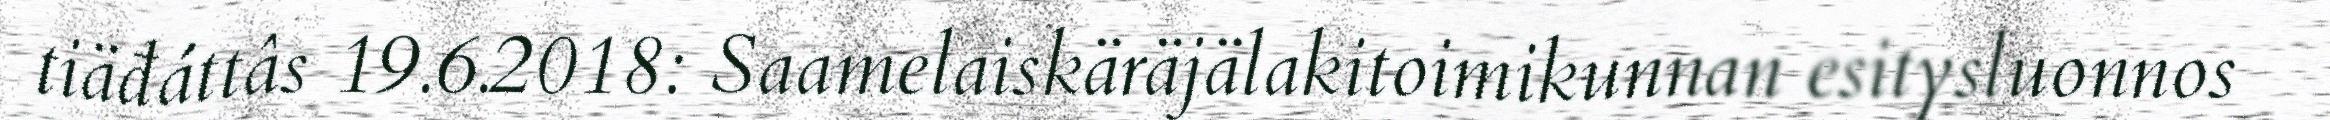
tiäđáttâs 19.6.2018: Saamelaiskäräjälakitoimikunnan esitysluonnos